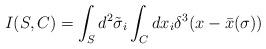
LaTeX: \begin{align*}I(S,C) = \int_{S} d^2 \tilde{\sigma}_i \int_{C} dx_i \delta^3 (x -\bar{x} (\sigma))\end{align*}